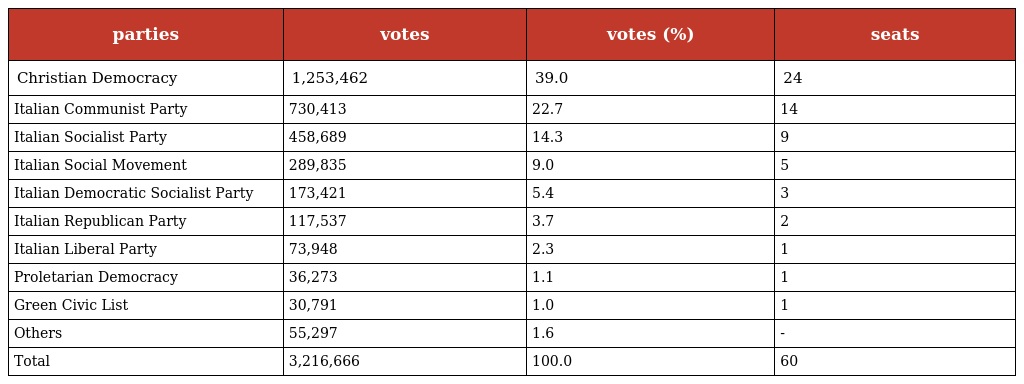
| parties | votes | votes (%) | seats |
 | --- | --- | --- | --- |
 | Christian Democracy | 1,253,462 | 39.0 | 24 |
 | Italian Communist Party | 730,413 | 22.7 | 14 |
 | Italian Socialist Party | 458,689 | 14.3 | 9 |
 | Italian Social Movement | 289,835 | 9.0 | 5 |
 | Italian Democratic Socialist Party | 173,421 | 5.4 | 3 |
 | Italian Republican Party | 117,537 | 3.7 | 2 |
 | Italian Liberal Party | 73,948 | 2.3 | 1 |
 | Proletarian Democracy | 36,273 | 1.1 | 1 |
 | Green Civic List | 30,791 | 1.0 | 1 |
 | Others | 55,297 | 1.6 | - |
 | Total | 3,216,666 | 100.0 | 60 |